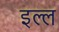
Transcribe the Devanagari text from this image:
इल्ल